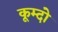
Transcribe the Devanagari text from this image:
कूम्दो